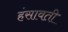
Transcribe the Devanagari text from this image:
हंसावती